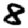
Digit: 8